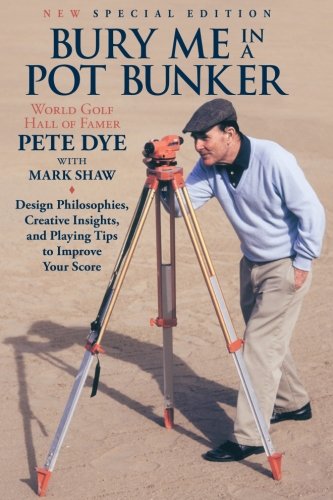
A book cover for Bury Me In A Pot Bunker (New Special Edition): Design Philosophies, Creative Insights and Playing Tips to Improve Your Score from the World's Most Challenging Golf Course Architect; Pete Dye; Biographies & Memoirs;